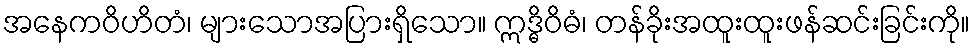
အနေကဝိဟိတံ၊ များသောအပြားရှိသော။ ဣဒ္ဓိဝိဓံ၊ တန်ခိုးအထူးထူးဖန်ဆင်းခြင်းကို။